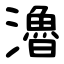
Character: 瀂